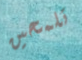
تلمحين